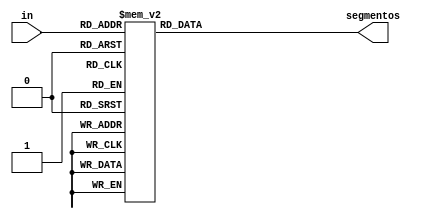
module decodDisplay(in,segmentos);
	input [3:0] in;
	output reg [6:0] segmentos;

always@(*) begin
	case (in)
		4'b0000: segmentos=7'b0000001;
		4'b0001: segmentos=7'b1001111;
		4'b0010: segmentos=7'b0010010;
		4'b0011: segmentos=7'b0000110;
		4'b0100: segmentos=7'b1001100;
		4'b0101: segmentos=7'b0100100;
		4'b0110: segmentos=7'b0100000;
		4'b0111: segmentos=7'b0001111;
		4'b1000: segmentos=7'b0000000;
		4'b1001: segmentos=7'b0000100;
		4'b1110: segmentos=7'b0110000;
		default: segmentos = 7'b1111111;
	endcase
end

endmodule